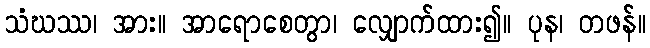
သံဃဿ၊ အား။ အာရောစေတွာ၊ လျှောက်ထား၍။ ပုန၊ တဖန်။